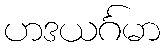
ဟဒယင်္ဂမာ